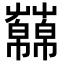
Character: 𧂥